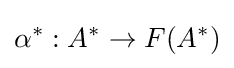
\alpha ^{*}:A^{*}\rightarrow F(A^{*})